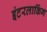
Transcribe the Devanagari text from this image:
इंटरलाकिंग